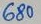
Text: 680